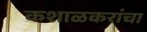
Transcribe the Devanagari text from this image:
कशाळकरांचा